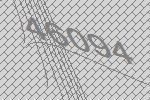
46094